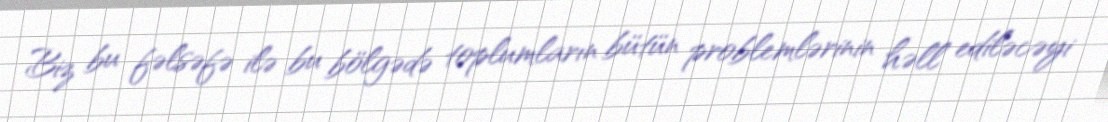
Biz bu fəlsəfə ilə bu bölgədə toplumların bütün problemlərinin həll ediləcəyi